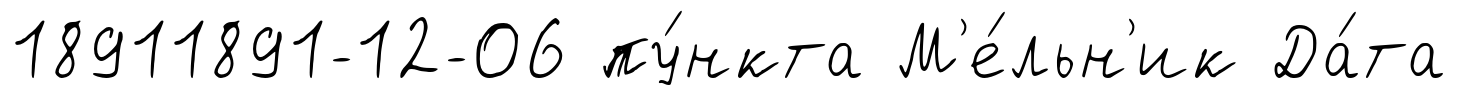
18911891-12-06 пу́нкта М'е́льн'ик Да́та